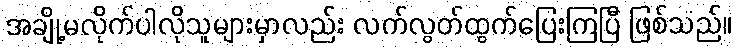
အချို့မလိုက်ပါလိုသူများမှာလည်း လက်လွတ်ထွက်ပြေးကြပြီ ဖြစ်သည်။